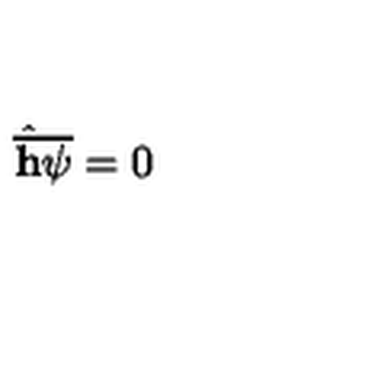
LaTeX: \hat { \overline { { \bf h } } } \overline { { \psi } } = 0